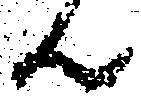
ん